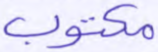
مكتوب